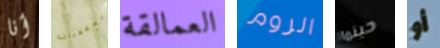
أنا العقوبات العمالقة الروم حينما أو